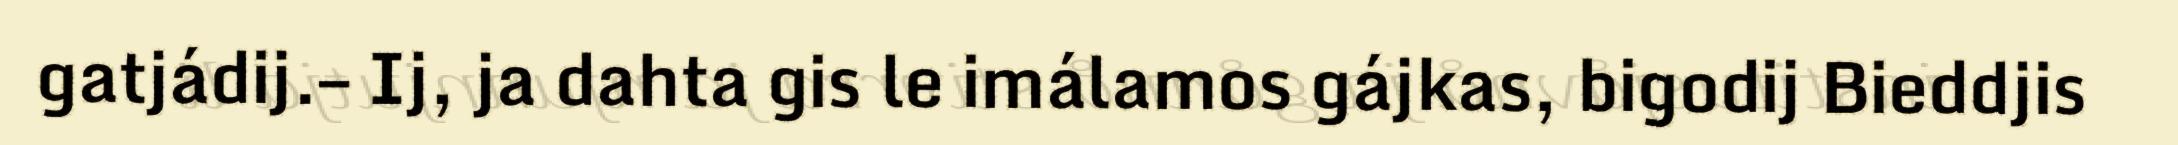
gatjádij.– Ij, ja dahta gis le imálamos gájkas, bigodij Bieddjis